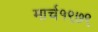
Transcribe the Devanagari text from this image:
मार्च१९७९